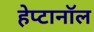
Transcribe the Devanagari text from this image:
हेप्टानॉल